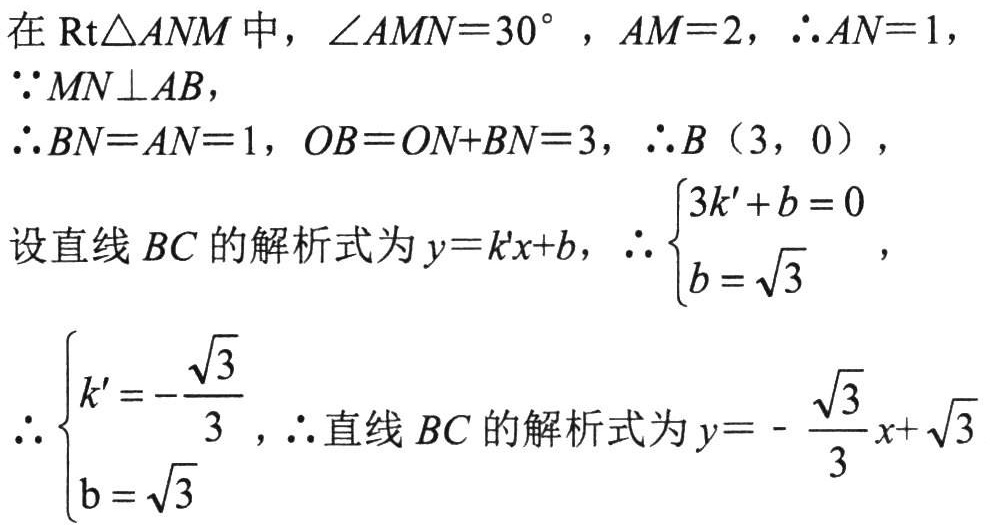
在$\text{Rt}\triangle ANM$中，$\angle AMN = 30^{\circ}$，$AM = 2$，$\therefore AN = 1$，

$\because MN\perp AB$，

$\therefore BN = AN = 1$，$OB = ON + BN = 3$，$\therefore B(3,0)$，

设直线$BC$的解析式为$y = k'x + b$，$\therefore \begin{cases}3k' + b = 0\\b = \sqrt{3}\end{cases}$，

$\therefore \begin{cases}k' = -\dfrac{\sqrt{3}}{3}\\b = \sqrt{3}\end{cases}$，$\therefore$直线$BC$的解析式为$y = -\dfrac{\sqrt{3}}{3}x + \sqrt{3}$